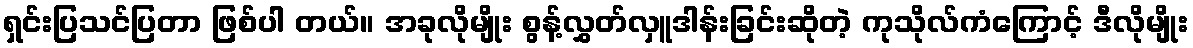
ရှင်းပြသင်ပြတာ ဖြစ်ပါ တယ်။ အခုလိုမျိုး စွန့်လွှတ်လှူဒါန်းခြင်းဆိုတဲ့ ကုသိုလ်ကံကြောင့် ဒီလိုမျိုး